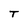
Character: T